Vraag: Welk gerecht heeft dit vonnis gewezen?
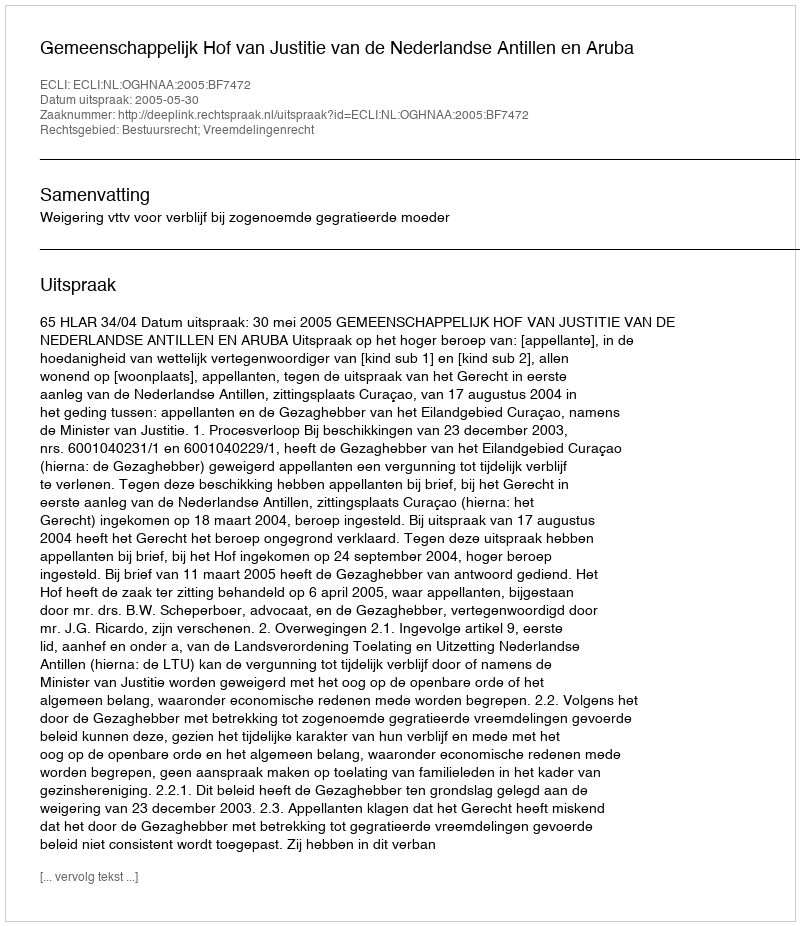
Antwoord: Gemeenschappelijk Hof van Justitie van de Nederlandse Antillen en Aruba